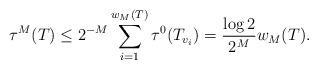
LaTeX: \begin{align*}\tau^{M}(T)\leq 2^{-M} \sum_{i=1}^{w_{M}(T)}\tau^0(T_{v_i})= \frac{\log 2}{2^M}w_{M}(T) .\end{align*}